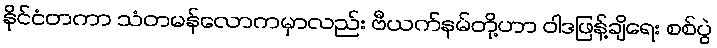
နိုင်ငံတကာ သံတမန်လောကမှာလည်း ဗီယက်နမ်တို့ဟာ ဝါဒဖြန့်ချိရေး စစ်ပွဲ